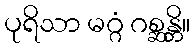
ပုရိသာ မဂ္ဂံ ဂစ္ဆန္တိ။